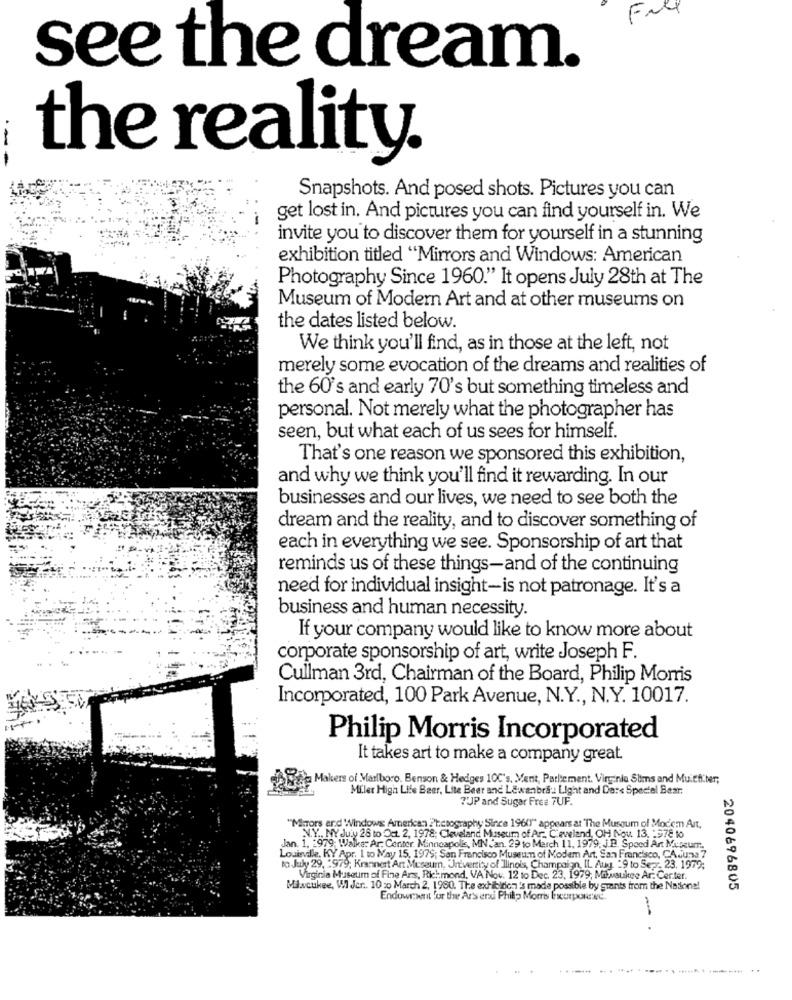
Fall
see the dream.
the reality.
Snapshots. And posed shots. Pictures you can
get lost in. And pictures you can find yourself in. We
invite you to discover them for yourself in a stunning
exhibition titled "Mirrors and Windows: American
Photography Since 1960." It opens July 28th at The
Museum of Modern Art and at other museums on
the dates listed below.
We think you'll find, as in those at the left, not
merely some evocation of the dreams and realities of
the 60's and early 70's but something timeless and
personal. Not merely what the photographer has
seen, but what each of us sees for himself.
That's one reason we sponsored this exhibition,
and why we think you'll find it rewarding. In our
businesses and our lives, we need to see both the
dream and the reality, and to discover something of
each in everything we see. Sponsorship of art that
reminds us of these things-and of the continuing
need for individual insight-is not patronage. It's a
business and human necessity.
If your company would like to know more about
corporate sponsorship of art, write Joseph F.
Cullman 3rd, Chairman of the Board, Philip Morris
Incorporated, 100 Park Avenue, N.Y ., N.Y. 10017.
Philip Morris Incorporated
It takes art to make a company great.
Makers of Marlboro. Benson & Hedges 100's, Mert, Parlement. Virginia Slims and Mu.Efter;
Miller High Life Beer, Lite Beer and LEwanbra Light and Da :< Speciel Bear:
7'UP and Sugar Free 7UF.
"Minors and Windows American 2tesography Since 1960" appears at The Museum of Mociem Art.
N.Y .. NY July 28 to Oct. 2, 1978; Cleveland Museum of Ar. C.eveland, OH Nou. 13. - 978 to
1. 1979; Walks: Ar: Center, Minneapolis, MN an. 29 to March 11. 1979. J.B. Speed Ant Museum ..
Louisville, KY Apr. I to May 15, 1979; San Francisco Museum of Modem Art. San Francisco, CAuns 7
to July 29, 1979; Krannert Art Museum, University of Ilinois, Champaign, IL Aug. 29 to Se -- 23. 1979;
Virginia Museum of Fine Ars, Richmond, VA Now. 12 to Dec. 23, 1979; Mit sukee Ar: Center.
Miscukee, WI Jer .. 10 20 March 2, 1980. The exhibition 's made possible by grants from the National
2040696805
Endownwait for the Ar's erxi Philip Morris Exurponec.
-